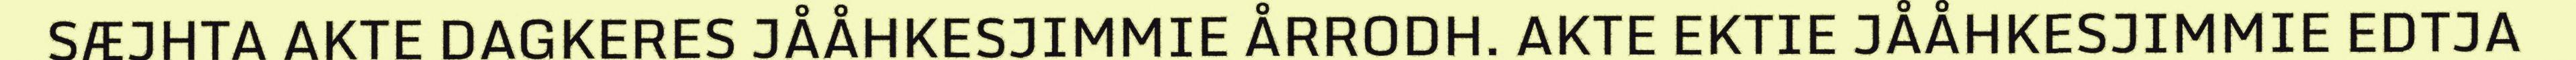
SÆJHTA AKTE DAGKERES JÅÅHKESJIMMIE ÅRRODH. AKTE EKTIE JÅÅHKESJIMMIE EDTJA